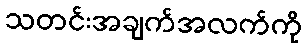
သတင်းအချက်အလက်ကို